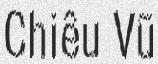
Chiêu Vũ